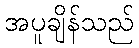
အပူချိန်သည်